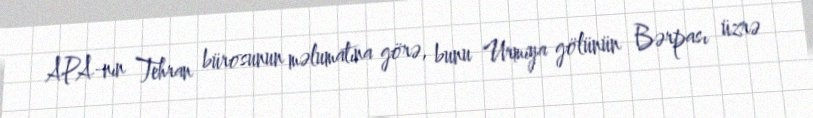
APA-nın Tehran bürosunun məlumatına görə, bunu Urmiya gölünün Bərpası üzrə